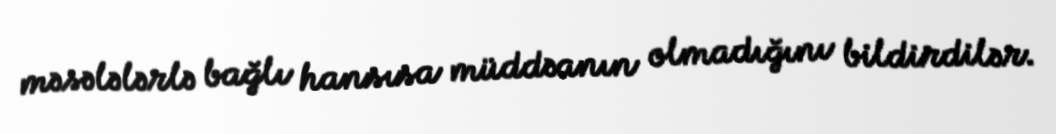
məsələlərlə bağlı hansısa müddəanın olmadığını bildirdilər.